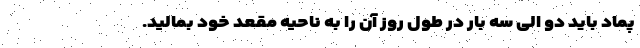
پماد باید دو الی سه بار در طول روز آن را به ناحیه مقعد خود بمالید.